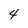
Character: 4